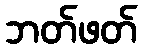
ဘတ်ဖတ်